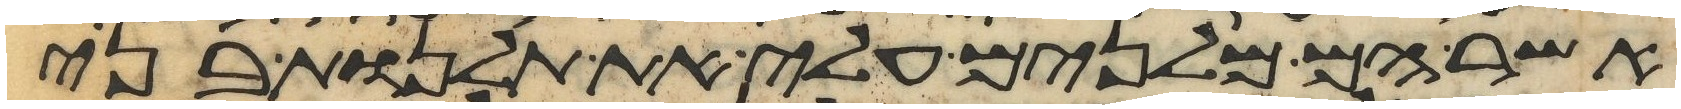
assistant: אשר הם מלנים עלי את תלנות בני